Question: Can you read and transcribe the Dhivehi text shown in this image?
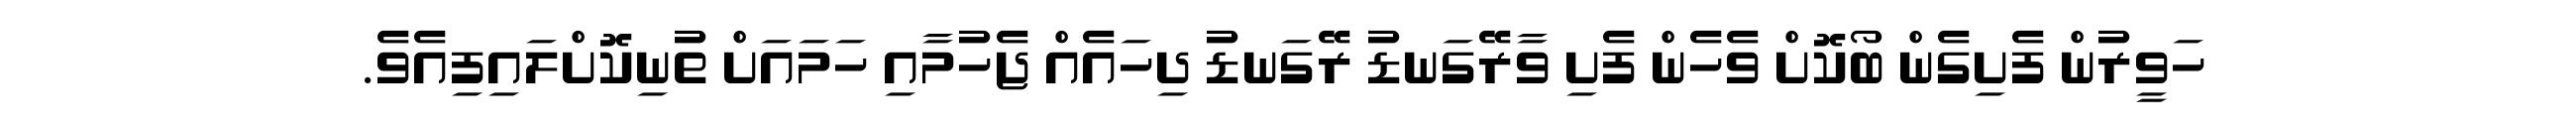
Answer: ހަވީރުން ފެށިގެން ބޯކޮށް ވެހެން ފެށި ވާރޭގަނޑު ރޭގަނޑު ދިހައެއް ޖެހުމާއި ހަމައަށް ތުނިކޮށްލައިފިއެވެ.